Report on vaccination in Madras 1922-1929 - 1922-1929
Year: 1922
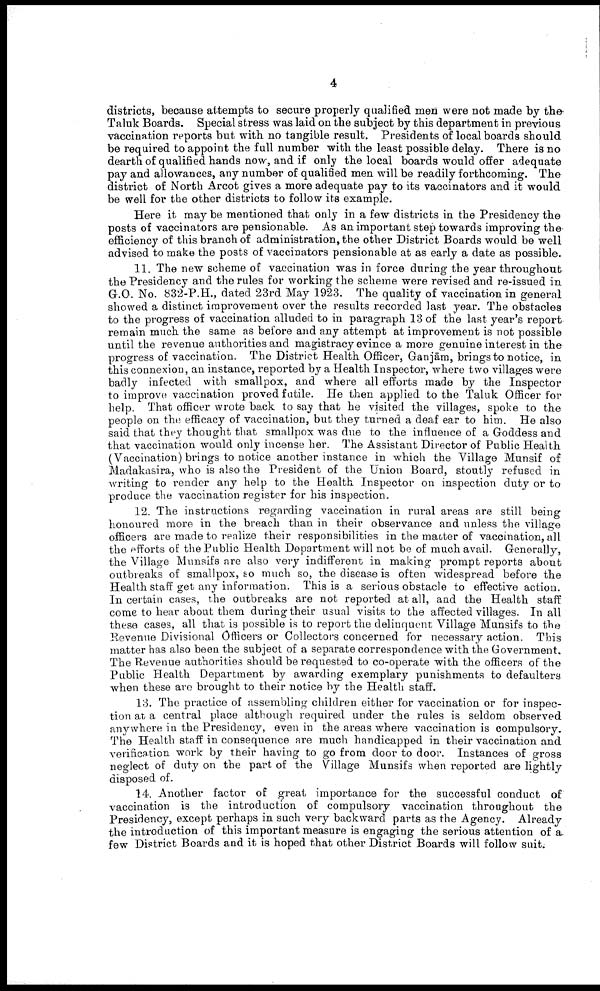
4
districts, because attempts to secure properly qualified men were not made by the
Taluk Boards. Special stress was laid on the subject by this department in previous
vaccination reports but with no tangible result. Presidents of local boards should
be required to appoint the full number with the least possible delay. There is no
dearth of qualified hands now, and if only the local boards would offer adequate
pay and allowances, any number of qualified men will be readily forthcoming. The
district of North Arcot gives a more adequate pay to its vaccinators and it would
be well for the other districts to follow its example.
Here it may be mentioned that only in a few districts in the Presidency the
posts of vaccinators are pensionable. As an important step towards improving the
efficiency of this branch of administration, the other District Boards would be well
advised to make the posts of vaccinators pensionable at as early a date as possible.
11. The new scheme of vaccination was in force during the year throughout
the Presidency and the rules for working the scheme were revised and re-issued in
G.O. No. 832-P.H., dated 23rd May 1923. The quality of vaccination in general
showed a distinct improvement over the results recorded last year. The obstacles
to the progress of vaccination alluded to in paragraph 13 of the last year's report
remain much the same as before and any attempt at improvement is not possible
until the revenue authorities and magistracy evince a more genuine interest in the
progress of vaccination. The District Health Officer, Ganjām, brings to notice, in
this connexion, an instance, reported by a Health Inspector, where two villages were
badly infected with smallpox, and where all efforts made by the Inspector
to improve vaccination proved futile. He then applied to the Taluk Officer for
help. That officer wrote back to say that he visited the villages, spoke to the
people on the efficacy of vaccination, but they turned a deaf ear to him. He also
said that they thought that smallpox was due to the influence of a Goddess and
that vaccination would only incense her. The Assistant Director of Public Health
(Vaccination) brings to notice another instance in which the Village Munsif of
Madakasira, who is also the President of the Union Board, stoutly refused in
writing to render any help to the Health Inspector on inspection duty or to
produce the vaccination register for his inspection.
12. The instructions regarding vaccination in rural areas are still being
honoured more in the breach than in their observance and unless the village
officers are made to realize their responsibilities in the matter of vaccination, all
the efforts of the Public Health Department will not be of much avail. Generally,
the Village Munsifs are also very indifferent in making prompt reports about
outbreaks of smallpox, so much so, the disease is often widespread before the
Health staff get any information. This is a serious obstacle to effective action.
In certain cases, the outbreaks are not reported at all, and the Health staff
come to hear about them during their usual visits to the affected villages. In all
these cases, all that is possible is to report the delinquent Village Munsifs to the
Revenue Divisional Officers or Collectors concerned for necessary action. This
matter has also been the subject of a separate correspondence with the Government.
The Revenue authorities should be requested to co-operate with the officers of the
Public Health Department by awarding exemplary punishments to defaulters
when these are brought to their notice by the Health staff.
13. The practice of assembling children either for vaccination or for inspec
tion at a central place although required under the rules is seldom observed
anywhere in the Presidency, even in the areas where vaccination is compulsory.
The Health staff in consequence are much handicapped in their vaccination and
verification work by their having to go from door to door. Instances of gross
neglect of duty on the part of the Village Munsifs when reported are lightly
disposed of.
14. Another factor of great importance for the successful conduct of
vaccination is the introduction of compulsory vaccination throughout the
Presidency, except perhaps in such very backward parts as the Agency. Already
the introduction of this important measure is engaging the serious attention of a.
few District Boards and it is hoped that other District Boards will follow suit.